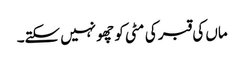
ماں کی قبر کی مٹی کو چھو نہیں سکتے۔